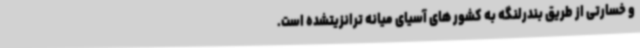
و خسارتی از طریق بندرلنگه به کشور های آسیای میانه ترانزیتشده است.